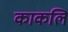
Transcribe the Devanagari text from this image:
काकलि